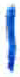
אות: ו